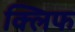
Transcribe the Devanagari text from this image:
क्‍लिफ